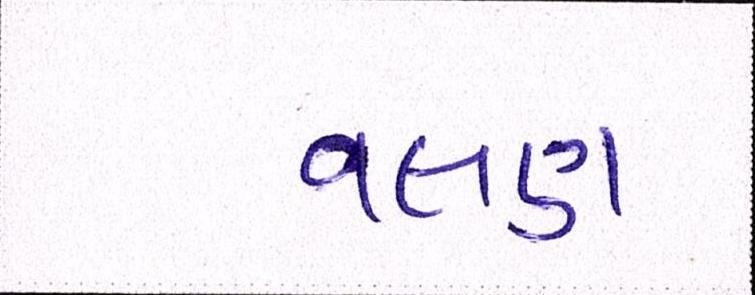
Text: વલણ